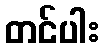
တင်ပါး